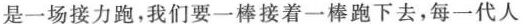
是一场接力跑，我们要一棒接着一棒跑下去，每一代人